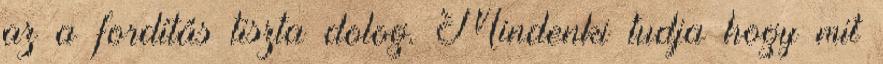
az a fordítás tiszta dolog. Mindenki tudja hogy mit